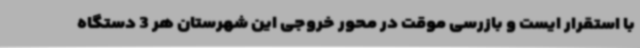
با استقرار ایست و بازرسی موقت در محور خروجی این شهرستان هر 3 دستگاه